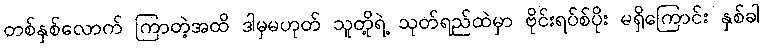
တစ်နှစ်လောက် ကြာတဲ့အထိ ဒါမှမဟုတ် သူတို့ရဲ့ သုတ်ရည်ထဲမှာ ဗိုင်းရပ်စ်ပိုး မရှိကြောင်း နှစ်ခါ